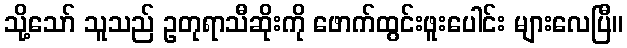
သို့သော် သူသည် ဥတုရာသီဆိုးကို ဖောက်ထွင်းဖူးပေါင်း များလေပြီ။